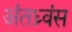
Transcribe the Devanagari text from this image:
अंतध्र्वंस